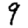
Digit: 9